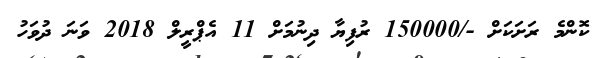
ކޮންމެ ރަށަކަށް -/150000 ރުފިޔާ ދިނުމަށް 11 އެޕްރީލް 2018 ވަނަ ދުވަހު